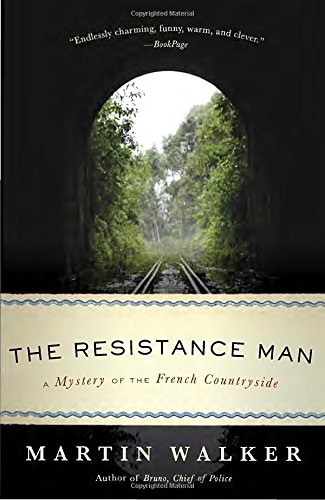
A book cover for The Resistance Man: A Mystery of the French Countryside; Martin Walker; Mystery, Thriller & Suspense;